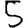
Digit: 5